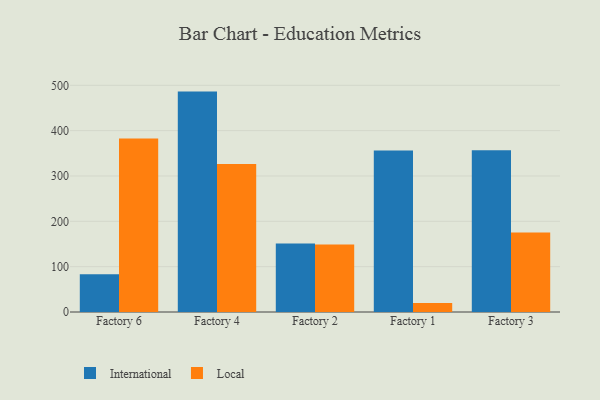
{"axis": {"x": "Factory", "y": "Bounce Rate (%)"}, "legend": ["International", "Local"], "data": [{"x": "Factory 6", "y": 83.4, "type": "International"}, {"x": "Factory 6", "y": 382.4, "type": "Local"}, {"x": "Factory 4", "y": 486.1, "type": "International"}, {"x": "Factory 4", "y": 326.2, "type": "Local"}, {"x": "Factory 2", "y": 151.0, "type": "International"}, {"x": "Factory 2", "y": 149.0, "type": "Local"}, {"x": "Factory 1", "y": 356.3, "type": "International"}, {"x": "Factory 1", "y": 20.0, "type": "Local"}, {"x": "Factory 3", "y": 357.0, "type": "International"}, {"x": "Factory 3", "y": 175.1, "type": "Local"}]}